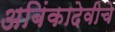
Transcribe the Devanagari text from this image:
अबिंकादेवीचे